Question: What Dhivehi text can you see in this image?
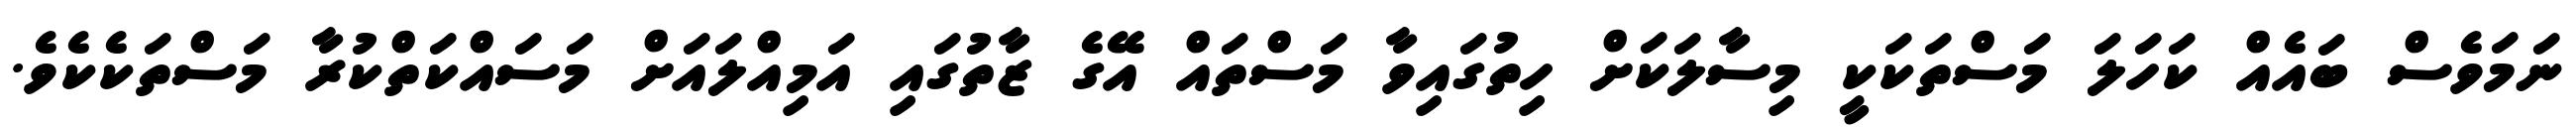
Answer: ނަމަވެސް ބައެއް ކަހަލަ މަސްތަކަކީ މިސާލަކަށް ހިތުގައިވާ މަސްތައް އޭގެ ޒާތުގައި އަމިއްލައަށް މަސައްކަތްކުރާ މަސްތަކެކެވެ.